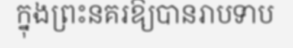
ក្នុងព្រះនគរឱ្យបានរាបទាប